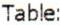
TABLE: